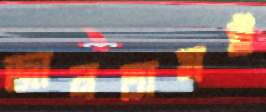
জানতামই